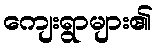
ကျေးရွာများ၏